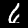
Digit: 6